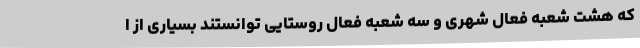
که هشت شعبه فعال شهری و سه شعبه فعال روستایی توانستند بسیاری از ا